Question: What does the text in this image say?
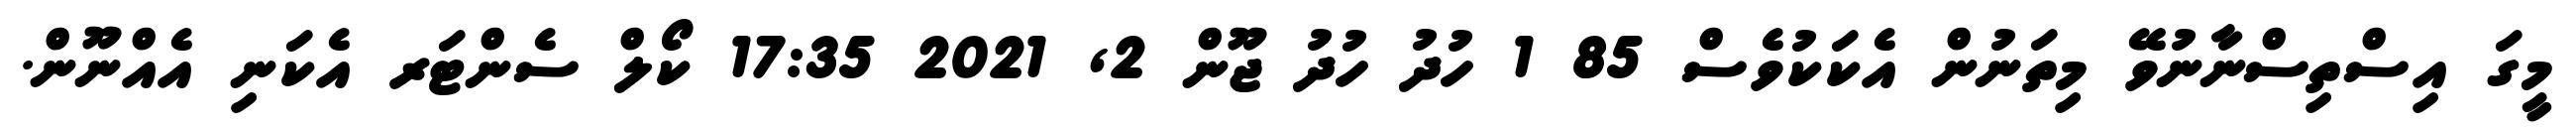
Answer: މީގަ އިސްތިސްނާނުވޭ މިތަނުން އެކަކުވެސް 85 1 ހުދު ހުދު ޖޫން 2, 2021 17:35 ކޯލް ސެންޓަރ އެކަނި އެއްނޫން.